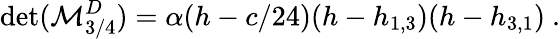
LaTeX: \operatorname*{det}({\cal M}_{3/4}^{D})=\alpha(h-c/24)(h-h_{1,3})(h-h_{3,1}){}~.